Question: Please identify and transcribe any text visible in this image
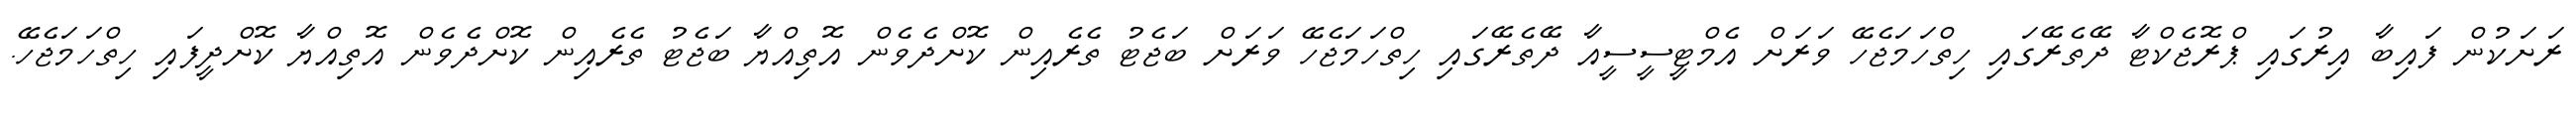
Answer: ރަށަކުން ފައިބާ އިރުގައި ޕްރޮޖެކްޓާ ދޭތެރޭގައި ހިތްހަމަޖެހޭ ވަރަށް އެމްޓީސީސީއާ ދޭތެރޭގައި ހިތްހަމަޖެހޭ ވަރަށް ބަޖެޓު ތެރެއިން ކޮށްދެވެން އޮތިއްޔާ ބަޖެޓު ތެރެއިން ކޮށްދެވެން އޮތިއްޔާ ކޮށްދީފައި ހިތްހަމަޖެހޭ.